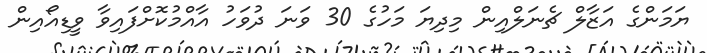
ޔަމަންގެ އަޒާލް ޗެނަލްއިން މިދިޔަ މަހުގެ 30 ވަނަ ދުވަހު އާއްމުކޮށްފައިވާ ވީޑިއޯއިން